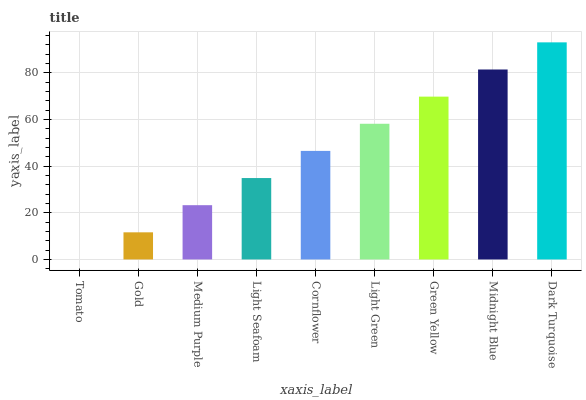
| xaxis_label | bars |
 | --- | --- |
 | Tomato | 0 |
 | Gold | 11.6 |
 | Medium Purple | 23.2 |
 | Light Seafoam | 34.9 |
 | Cornflower | 46.5 |
 | Light Green | 58.1 |
 | Green Yellow | 69.7 |
 | Midnight Blue | 81.4 |
 | Dark Turquoise | 93 |